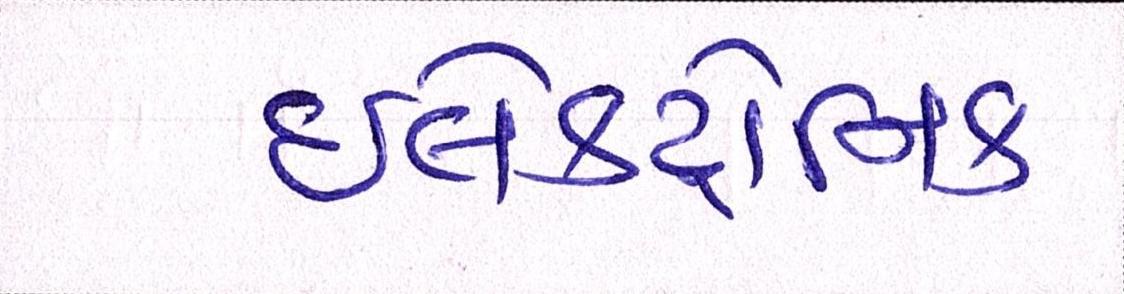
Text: ઇલેક્ટ્રોનિક